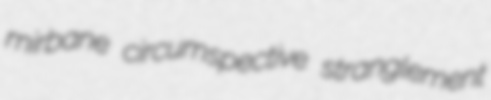
mirbane circumspective stranglement